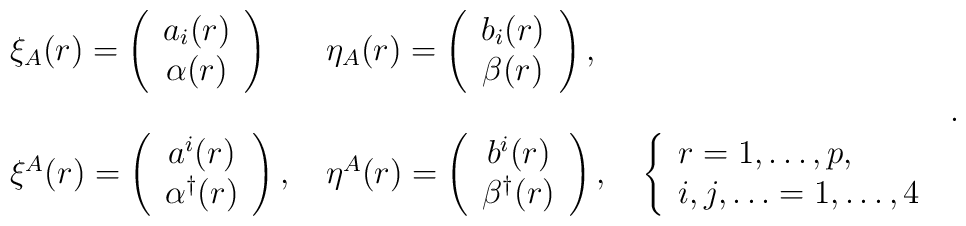
\begin{array}{lll}\xi_A(r) =\left(\begin{array}{c} a_i(r) \\ \alpha(r) \end{array}\right) \,\;& \eta_A(r) =\left(\begin{array}{c} b_i(r) \\\beta(r)\end{array}\right), &  \\ &&\\ \xi^A(r) = \left(\begin{array}{c} a^i(r) \\\alpha^{\dag}(r) \end{array}\right),\; & \eta^A(r) =\left(\begin{array}{c} b^i(r) \\ \beta^{\dag}(r)\end{array}\right),\; &\left\{\begin{array}{l}r = 1,\ldots,p, \\ i,j,\ldots=1,\ldots,4\end{array}\right.\end{array}.